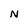
Character: N